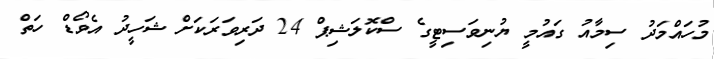
މުހައްމަދު ސިމާއު ގައުމީ ޔުނިވަސިޓީގެ ސްކޮލަޝިޕް 24 ދަރިވަރަކަށް ޝަހީދު އެވޯޑް ހަތް